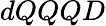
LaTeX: dQQQD